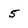
Character: 5